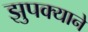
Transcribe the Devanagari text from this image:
झुपक्याने